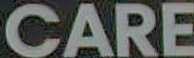
CARE